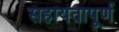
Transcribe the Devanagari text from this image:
सहायतापूर्ण